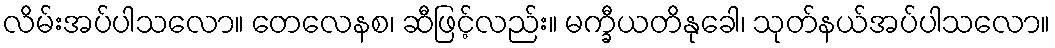
လိမ်းအပ်ပါသလော။ တေလေနစ၊ ဆီဖြင့်လည်း။ မက္ခီယတိနုခေါ၊ သုတ်နယ်အပ်ပါသလော။